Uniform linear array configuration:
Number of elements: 32
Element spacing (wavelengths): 0.25
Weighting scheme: hann
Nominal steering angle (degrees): -45
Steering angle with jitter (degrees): -43.19
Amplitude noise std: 0.05
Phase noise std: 0.05

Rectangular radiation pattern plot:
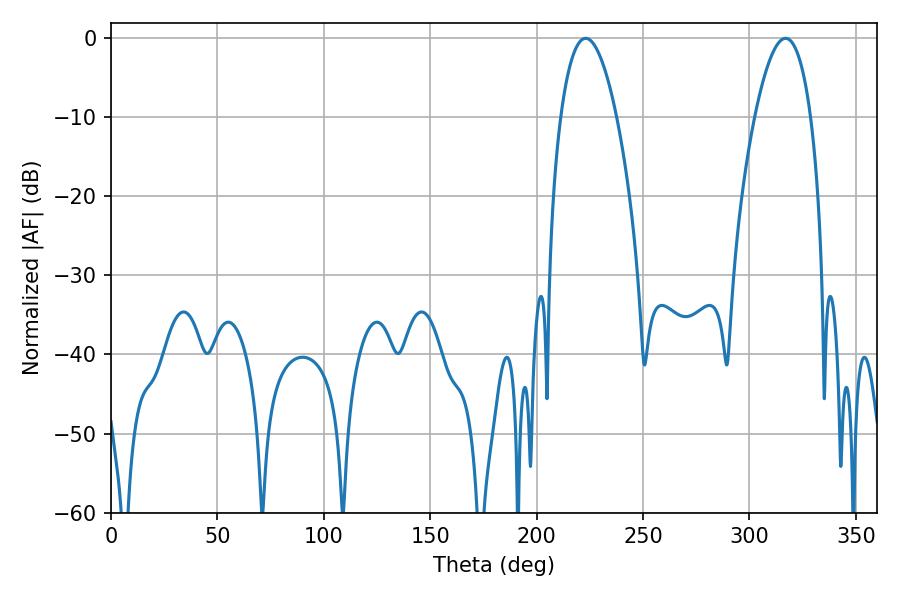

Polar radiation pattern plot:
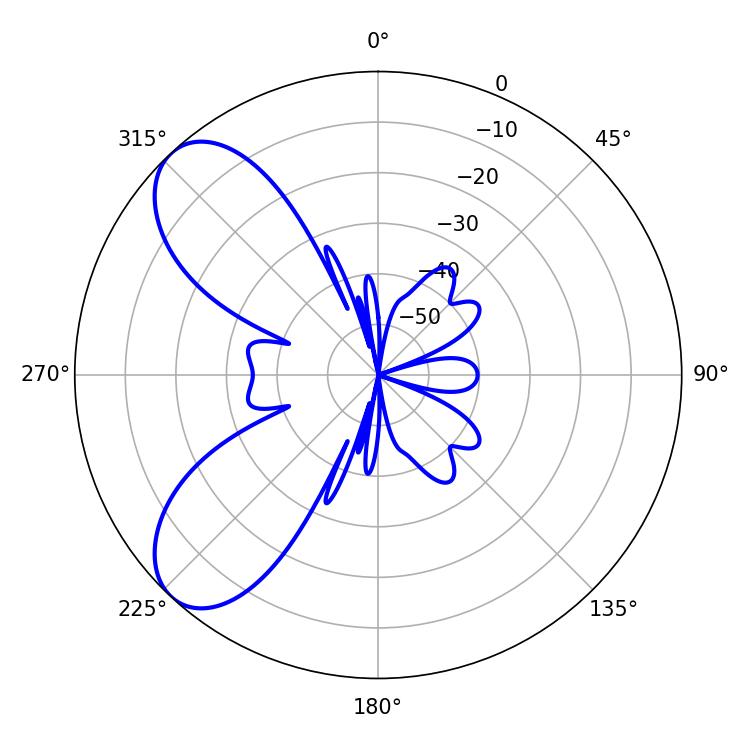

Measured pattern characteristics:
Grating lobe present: FALSE
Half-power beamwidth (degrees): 14.58
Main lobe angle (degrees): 223.02